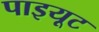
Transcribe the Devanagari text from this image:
पाइयूट